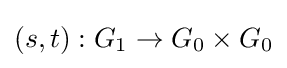
(s,t):G_{1}\to G_{0}\times G_{0}